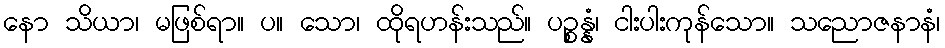
နော သိယာ၊ မဖြစ်ရာ။ ပ။ သော၊ ထိုရဟန်းသည်။ ပဉ္စန္နံ၊ ငါးပါးကုန်သော။ သညောဇနာနံ၊